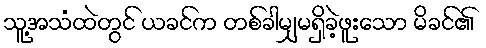
သူ့အသံထဲတွင် ယခင်က တစ်ခါမျှမရှိခဲ့ဖူးသော မိခင်၏